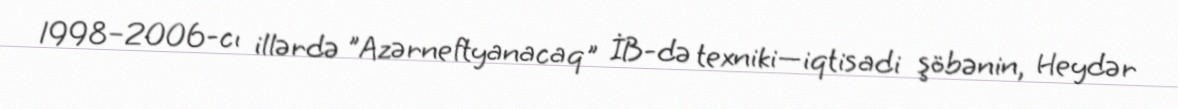
1998–2006-cı illərdə "Azərneftyanacaq" İB-də texniki—iqtisadi şöbənin, Heydər